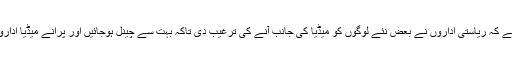
سوال: ایک خیال یہ ہے کہ ریاستی اداروں نے بعض نئے لوگوں کو میڈیا کی جانب آنے کی ترغیب دی تاکہ بہت سے چینل ہوجائیں اور پرانے میڈیا اداروں کا اثر کم ہوجائے۔